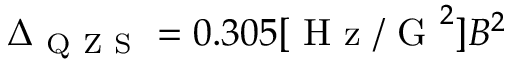
\Delta _ { \mathrm { ~ Q ~ Z ~ S ~ } } = 0 . 3 0 5 [ \mathrm { ~ H ~ z ~ / ~ G ~ } ^ { 2 } ] B ^ { 2 }